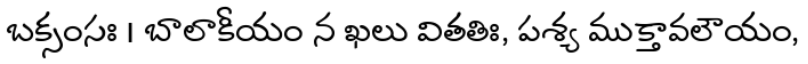
బక్సంసః । బాలాకీయం న ఖలు వితతిః, పశ్య ముక్తావలౌయం,